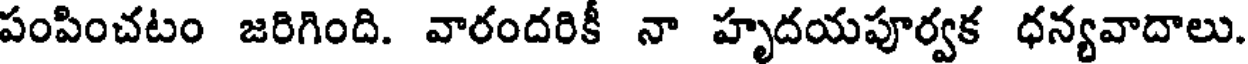
పంపించటం జరిగింది. వారందరికీ నా హృదయపూర్వక ధన్యవాదాలు.